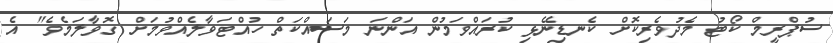
ސުޕްރީމް ކޯޓު މެދުވެރިކޮށް ކެނޑިނޭޅި ކުރައްވަމުން އަންނަ މަސައްކަތް ހުއްޓަވާލެއްވުމަށް ގޮވާލަމެވެ" އެ